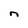
Character: n